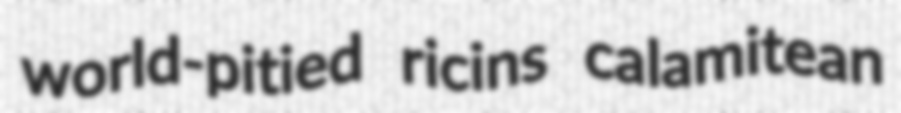
world-pitied ricins calamitean